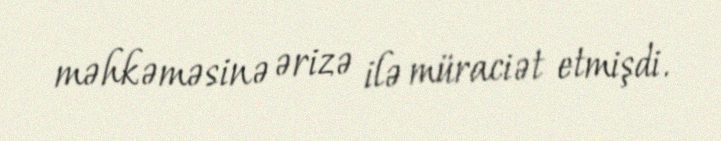
məhkəməsinə ərizə ilə müraciət etmişdi.